Scottish Leaving Certificate Examination, 1953
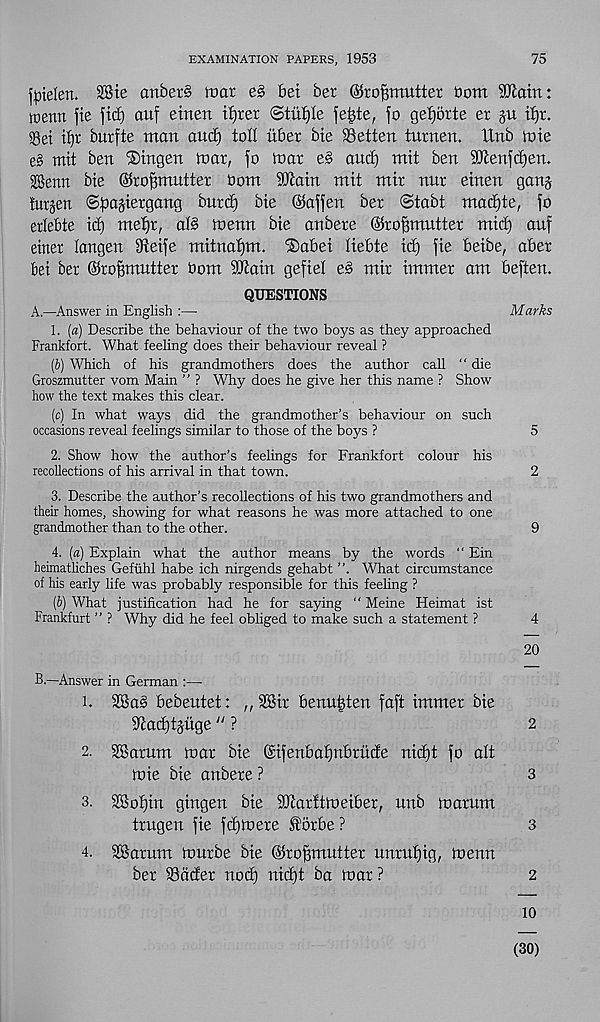
EXAMINATION PAPERS, 1953
75
fpiden. 2®te embers it)or eg bet ber ©rofjmutter bom 9Kotn:
toetm fie fid) ouf etnett tf)rer ©tittle fe^te, fo ge^orte er ju ifjr.
33et tf)r burfte man and) toll itber bie Setten turnen. ttnb tote
eg mit ben ®tngen toar, fo loot eg and) mit ben 93tenfd)en.
SBerm bie ©rofimutter bom 93tain mit mir nur einen ganj
futjen ©ba^iergang burd) bie ©affen ber ©tabt mad)te, fo
erlebte id) met)r, alg toenn bie anbere ©roffmutter mid) auf
einer langen dteife mitnafjm. ®abei liebte id) fie beibe, aber
bei ber ©roffmutter bom SOtain gefiel eg mir immer am beften.
QUESTIONS
A.—Answer in English :—
Marks
1. (a) Describe the behaviour of the two boys as they approached
Frankfort. What feeling does their behaviour reveal ?
(6) Which of his grandmothers does the author call “ die
Groszmutter vom Main ” ? Why does he give her this name ? Show
how the text makes this clear.
(c) In what ways did the grandmother’s behaviour on such
occasions reveal feelings similar to those of the boys ?
5
2. Show how the author’s feelings for Frankfort colour his
recollections of his arrival in that town.
2
3. Describe the author’s recollections of his two grandmothers and
their homes, showing for what reasons he was more attached to one
grandmother than to the other.
9
4. [a) Explain what the author means by the words “ Ein
heimatliches Gefiihl habe ich nirgends gehabt ”. What circumstance
of his early life was probably responsible for this feeling ?
(6) What justification had he for saying “ Meine Heimat ist
Frankfurt ” ? Why did he feel obliged to make such a statement ?
4
20
B.—Answer in German :—
1. 2Bag bebeutet: ,, 28tt bemdden faft immer bte
^adjtjiige “ ?
2
2. SBaritm mar bte ©tfenbabjnbrude nid)t fo alt
mie bie anbere ?
3
3. 3Sot)in gingen bie 9Jtarftft>eiber, nnb to arum
trugen fie fdjmere Sborbe ?
3
4. SSatum lourbe bie ©roffmutter unrutjig, menn
ber SSdder nod) nid)t ba mar?
2
10
(30)